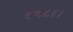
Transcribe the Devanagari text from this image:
१९८६।